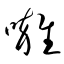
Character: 囃